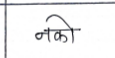
मजकूर: नको